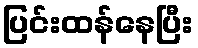
ပြင်းထန်နေပြီး